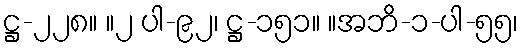
ဋ္ဌ-၂၂၈။ ။၂ ပါ-၉၂၊ ဋ္ဌ-၁၅၁။ ။အဘိ-၁-ပါ-၅၅၊